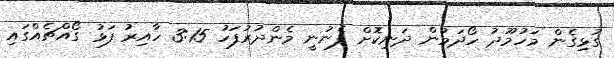
ގުޅިގެން މަހުމޫދު ހޯދަމުން ދަނިކޮށް ފެނުނީ މެންދުރުފަހު 3:15 ހާއިރު ފަޅު ގޯއްޗެއްގައި